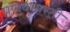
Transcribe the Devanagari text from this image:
प्रणवभारती